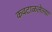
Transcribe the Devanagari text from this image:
कवटाळलेल्या